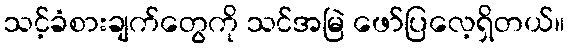
သင့်ခံစားချက်တွေကို သင်အမြဲ ဖော်ပြလေ့ရှိတယ်။